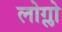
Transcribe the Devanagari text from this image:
लोग्लो